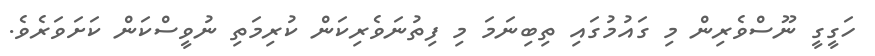
ހަގީގީ ނޫސްވެރިން މި ގައުމުގައި ތިބިނަމަ މި ފިތުނަވެރިކަން ކުރިމަތި ނުވީސްކަން ކަށަވަރެވެ.